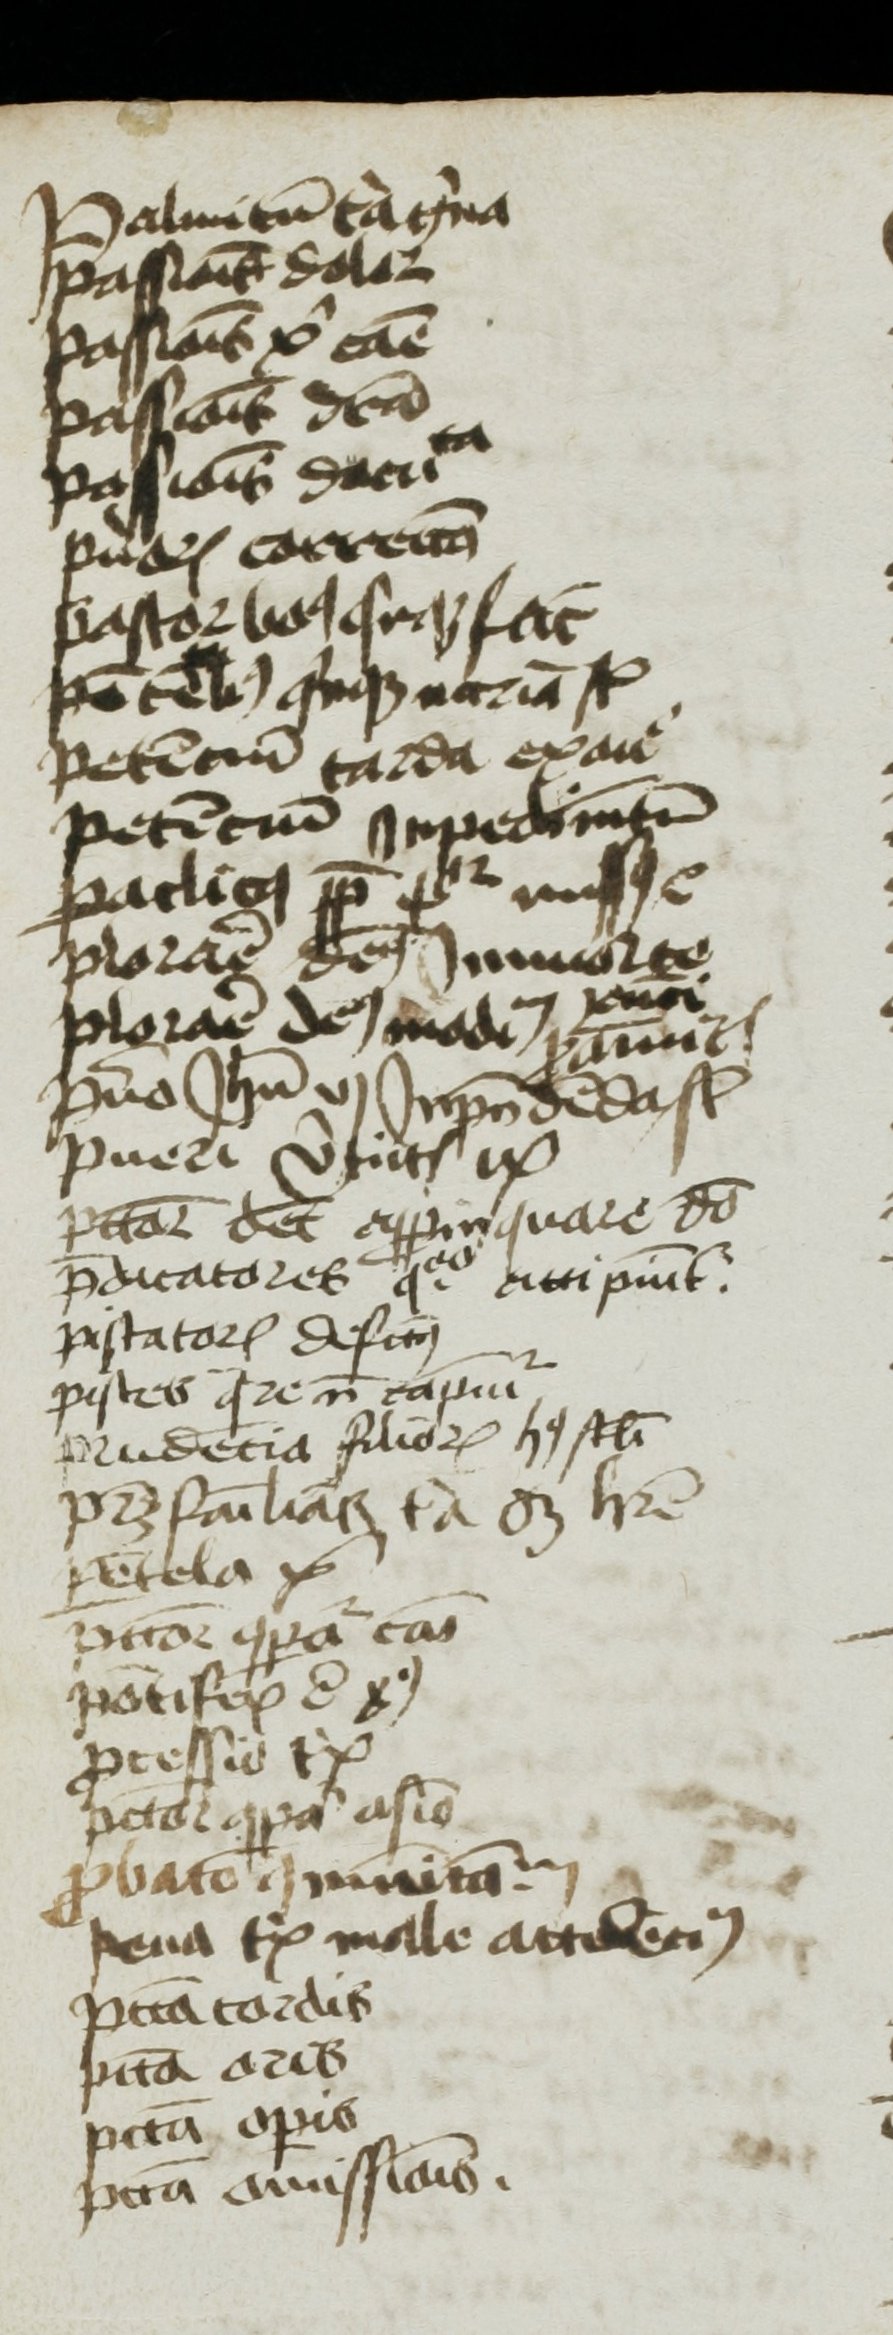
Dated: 1400–1499